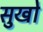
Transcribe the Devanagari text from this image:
सुखो